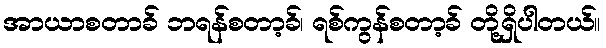
အာယာစတာခ် ဘရန်စတာ့ခ်၊ ရစ်ကွန်စတာ့ခ် တို့ရှိပါတယ်။